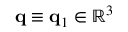
\ensuremath { \mathbf { q } } \equiv \ensuremath { \mathbf { q } } _ { 1 } \in \mathbb { R } ^ { 3 }